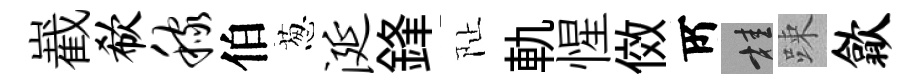
嶻欷稼伯葱涎鋒阯軌惺傚𠩄桂踈歙